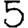
Digit: 5